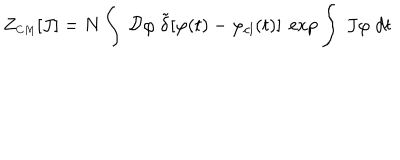
LaTeX: Z _ { \scriptscriptstyle C M } [ J ] = N \int ~ { \cal D } \varphi ~ { \tilde { \delta } } [ \varphi ( t ) - \varphi _ { c l } ( t ) ] ~ \exp \int ~ J \varphi \; d t